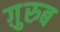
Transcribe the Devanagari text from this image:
ग़़ुरुब